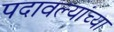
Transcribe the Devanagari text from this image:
पदावल्यांच्या